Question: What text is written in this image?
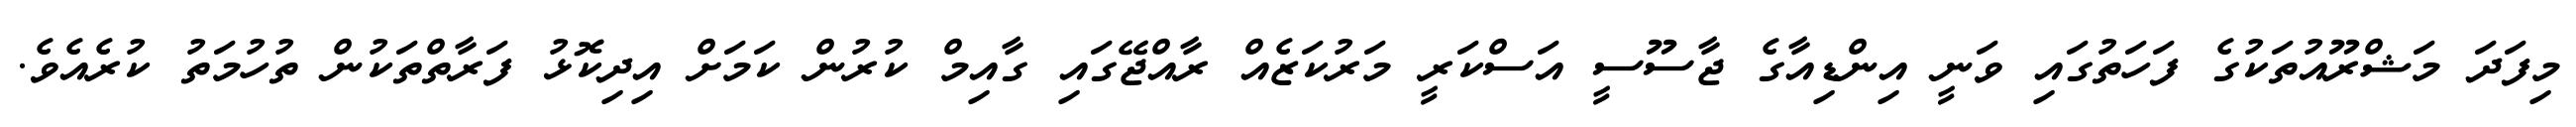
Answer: މިފަދަ މަޝްރޫއުތަކުގެ ފަހަތުގައި ވަނީ އިންޑިއާގެ ޖާސޫސީ އަސްކަރީ މަރުކަޒެއް ރާއްޖޭގައި ގާއިމް ކުރުން ކަމަށް އިދިކޮޅު ފަރާތްތަކުން ތުހުމަތު ކުރެއެވެ.